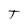
Character: T